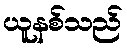
ယူနစ်သည်